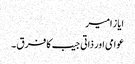
ایاز امیر
عوامی اور ذاتی جیب کا فرق ۔